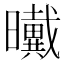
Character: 𰖺